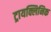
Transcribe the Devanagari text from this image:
ट्रायक्लिनिक